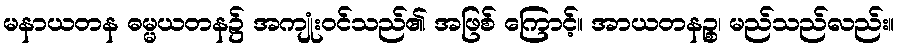
မနာယတန ဓမ္မယတန၌ အကျုံးဝင်သည်၏ အဖြစ် ကြောင့်။ အာယတနဉ္စ၊ မည်သည်လည်း။